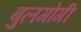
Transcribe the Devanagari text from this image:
बुलगोगी